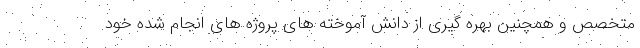
متخصص و همچنین بهره گیری از دانش آموخته های پروژه های انجام شده خود